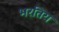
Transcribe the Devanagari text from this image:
भरतिय